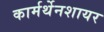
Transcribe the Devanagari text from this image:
कार्मर्थेनशायर